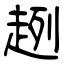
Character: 趔